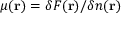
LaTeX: \mu ( \mathbf { r } ) = \delta F ( \mathbf { r } ) / \delta n ( \mathbf { r } )